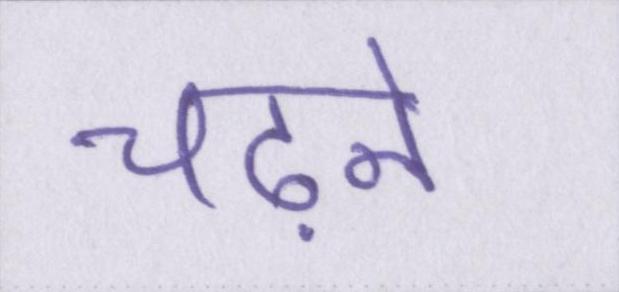
चढ़ने